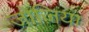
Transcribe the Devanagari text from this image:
जोज़िया